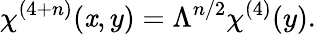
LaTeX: \chi^{(4+n)}(\mathit{x},y)=\Lambda^{n/2}\chi^{(4)}(y).